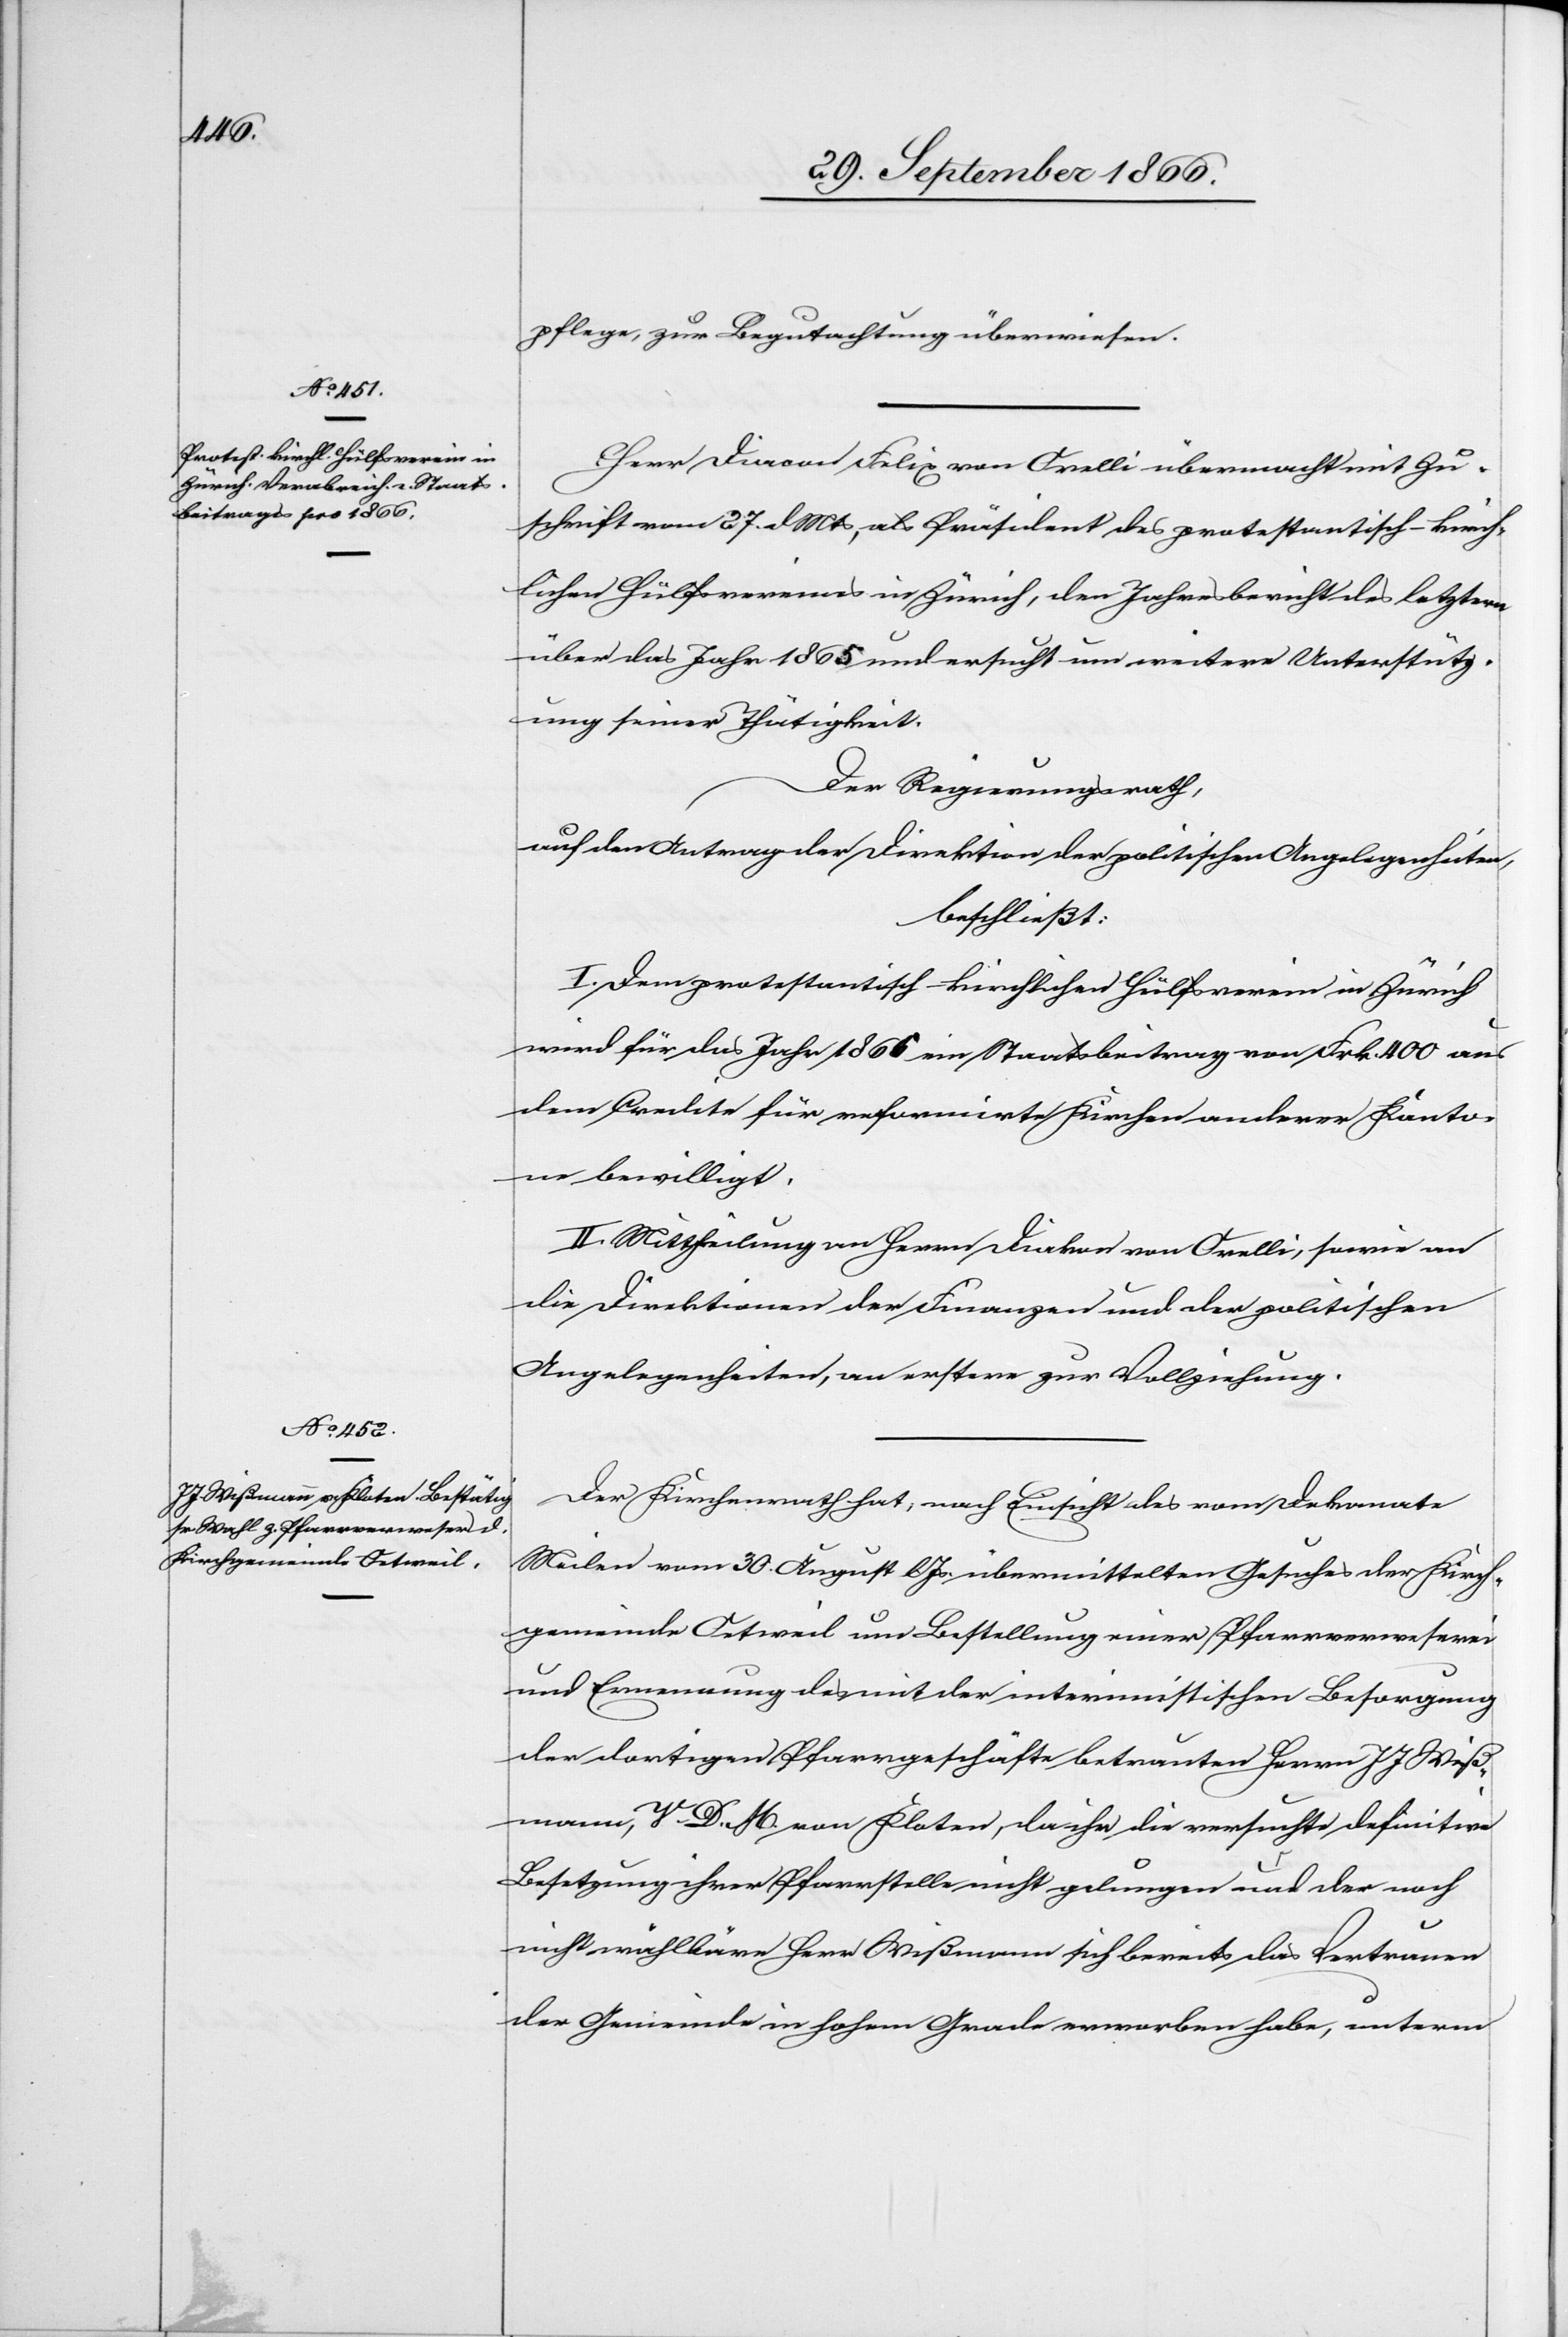
pflege, zur Begutachtung überwiesen.
Herr Diacon Felix von Orelli übermacht mit Zu¬
schrift vom 27. dMts, als Präsident des protestantisch-kirch¬
lichen Hülfsvereins in Zürich, den Jahresbericht des letztern
über das Jahr 1865 und ersucht um weitere Unterstütz¬
ung seiner Thätigkeit.
Der Regierungsrath,
auf den Antrag der Direktion der politischen Angelegenheiten,
beschließt:
I. Dem protestantisch-kirchlichen Hülfsverein in Zürich
wird für das Jahr 1865 ein Staatsbeitrag von Frk. 400 aus
dem Credite für reformirte Kirchen anderer Kanto¬
ne bewilligt.
II. Mittheilung an Herrn Diakon von Orelli, sowie an
die Direktionen der Finanzen und der politischen
Angelegenheiten, an erstere zur Vollziehung.
Der Kirchenrath hat, nach Einsicht des vom Dekanate
Meilen vom 30. August lJs. übermittelten Gesuches der Kirch¬
gemeinde Oetweil um Bestellung einer Pfarrverweserei
und Erneuerung des mit der interimistischen Besorgung
der dortigen Pfarrgeschäfte betrauten Herrn J J Wiß¬
mann, V. D. M. von Kloten, da ihr die versuchte definitive
Besetzung ihrer Pfarrstelle nicht gelungen und der noch
[r¬
ecte: wählbare] Herr Wißmann sich bereits das Vertrauen
der Gemeinde in hohem Grade erworben habe, unterm